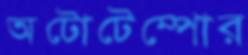
অটোটেম্পোর